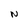
Character: N